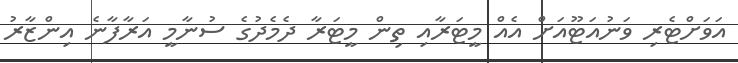
އަވަށްޓެރި ވަނުއަޓޫއަށް އެއް މީޓަރާއި ތިން މީޓަރާ ދެމެދުގެ ސުނާމީ އަރާފާނެ އިންޒާރު